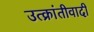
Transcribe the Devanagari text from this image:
उत्क्रांतीवादी